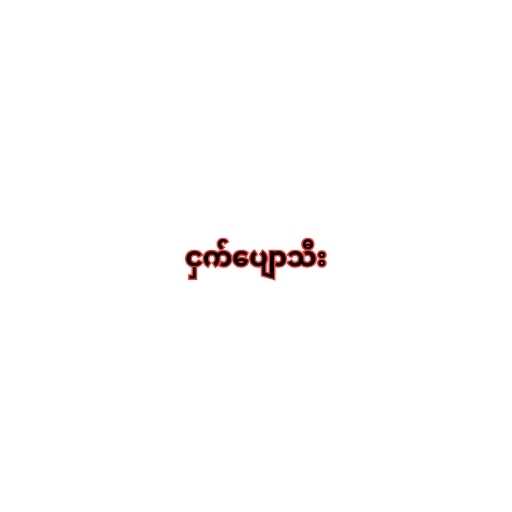
ငှက်ပျောသီး